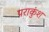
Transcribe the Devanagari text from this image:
पराकुंश